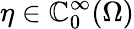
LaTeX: \eta\in\mathbb{C}_{0}^{\infty}(\Omega)